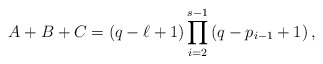
\begin{align*} A+B+C=(q-\ell+1)\prod_{i=2}^{s-1}\left(q- p_{i-1}+1\right), \end{align*}